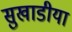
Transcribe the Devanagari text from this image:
सुखाडीया